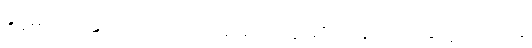
ခွင့်များကို နွားသိုးကြိုးပြတ် မိမိပိုင်ငွေဖြင့် ဟန့်တားနှောင့်ယှက်ရန်